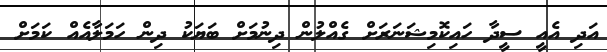
އަދި އެއީ ސީދާ ހައިކޮމިޝަނަރަށް ގެއްލުން ދިނުމަށް ބަޔަކު ދިން ހަމަލާއެއް ކަމަށް